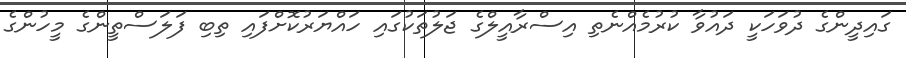
ގައިދީންގެ ދުވަހަކީ ދައުވާ ކުރުމެއްނެތި އިސްރާއީލްގެ ޖަލުތަކުގައި ހައްޔަރުކޮށްފައި ތިބި ފަލަސްތީންގެ މީހުންގެ